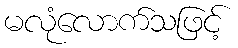
မလုံလောက်သဖြင့်